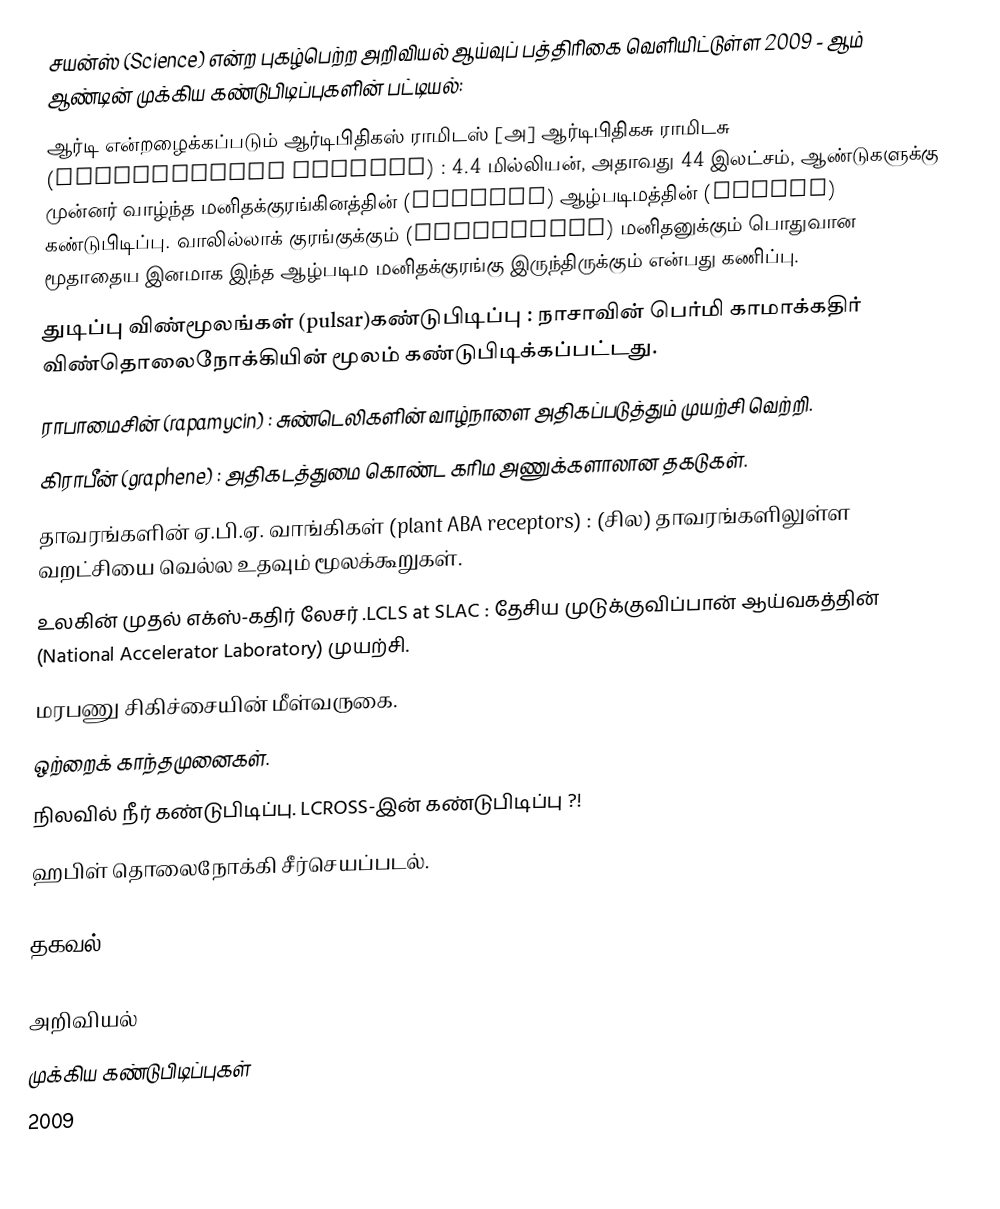
சயன்ஸ் (Science) என்ற புகழ்பெற்ற அறிவியல் ஆய்வுப் பத்திரிகை வெளியிட்டுள்ள 2009 - ஆம் ஆண்டின் முக்கிய கண்டுபிடிப்புகளின் பட்டியல்:
 ஆர்டி என்றழைக்கப்படும் ஆர்டிபிதிகஸ் ராமிடஸ் [அ] ஆர்டிபிதிகசு ராமிடசு (Ardipithecus ramidus) : 4.4 மில்லியன், அதாவது 44 இலட்சம், ஆண்டுகளுக்கு முன்னர் வாழ்ந்த மனிதக்குரங்கினத்தின் (hominid) ஆழ்படிமத்தின் (fossil) கண்டுபிடிப்பு. வாலில்லாக் குரங்குக்கும் (chimpanzee) மனிதனுக்கும் பொதுவான மூதாதைய இனமாக இந்த ஆழ்படிம மனிதக்குரங்கு இருந்திருக்கும் என்பது கணிப்பு.
 துடிப்பு விண்மூலங்கள் (pulsar)கண்டுபிடிப்பு : நாசாவின் பெர்மி காமாக்கதிர் விண்தொலைநோக்கியின் மூலம் கண்டுபிடிக்கப்பட்டது.
 ராபாமைசின் (rapamycin) : சுண்டெலிகளின் வாழ்நாளை அதிகப்படுத்தும் முயற்சி வெற்றி.
 கிராபீன் (graphene) : அதிகடத்துமை கொண்ட கரிம அணுக்களாலான தகடுகள்.
 தாவரங்களின் ஏ.பி.ஏ. வாங்கிகள் (plant ABA receptors) : (சில) தாவரங்களிலுள்ள  வறட்சியை வெல்ல உதவும் மூலக்கூறுகள்.
 உலகின் முதல் எக்ஸ்-கதிர் லேசர் .LCLS at SLAC : தேசிய முடுக்குவிப்பான் ஆய்வகத்தின் (National Accelerator Laboratory) முயற்சி.
 மரபணு சிகிச்சையின் மீள்வருகை.
 ஒற்றைக் காந்தமுனைகள்.
 நிலவில் நீர் கண்டுபிடிப்பு. LCROSS-இன் கண்டுபிடிப்பு ?!
 ஹபிள் தொலைநோக்கி சீர்செயப்படல்.

தகவல்

அறிவியல்
முக்கிய கண்டுபிடிப்புகள்
2009